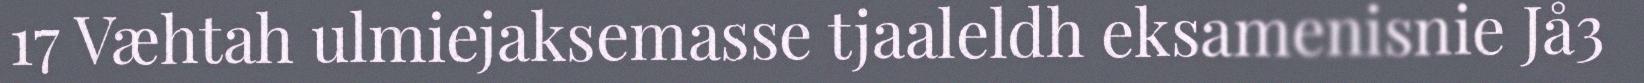
17 Væhtah ulmiejaksemasse tjaaleldh eksamenisnie Jå3